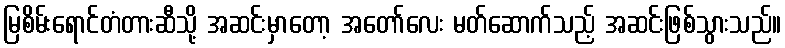
မြစိမ်းရောင်တံတားဆီသို့ အဆင်းမှာတော့ အတော်လေး မတ်ဆောက်သည့် အဆင်းဖြစ်သွားသည်။